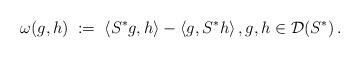
LaTeX: \begin{align*} \omega(g,h)\;:=\;\langle S^*g,h\rangle-\langle g,S^*h\rangle\,,g,h\in\mathcal{D}(S^*)\,.\end{align*}